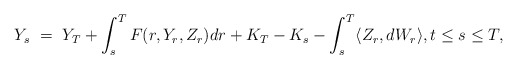
\begin{align*}Y_s \ = \ Y_T + \int_s^T F(r,Y_r,Z_r) dr + K_T - K_s - \int_s^T \langle Z_r, dW_r\rangle, t \leq s \leq T,\end{align*}